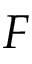
F